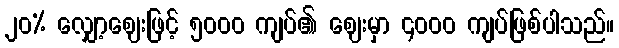
၂၀% လျှော့ဈေးဖြင့် ၅၀၀၀ ကျပ်၏ ဈေးမှာ ၄၀၀၀ ကျပ်ဖြစ်ပါသည်။